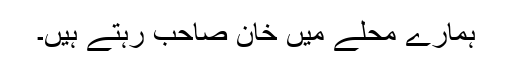
ہمارے محلے میں خان صاحب رہتے ہیں۔